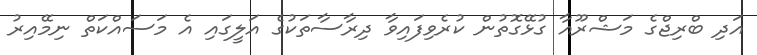
އަދި ބްރިޖްގެ މަޝްރޫއާ ގުޅޭގޮތުން ކުރެވިފައިވާ ދިރާސާތަކުގެ އަލީގައި އެ މަސައްކަތް ނިމޭއިރު